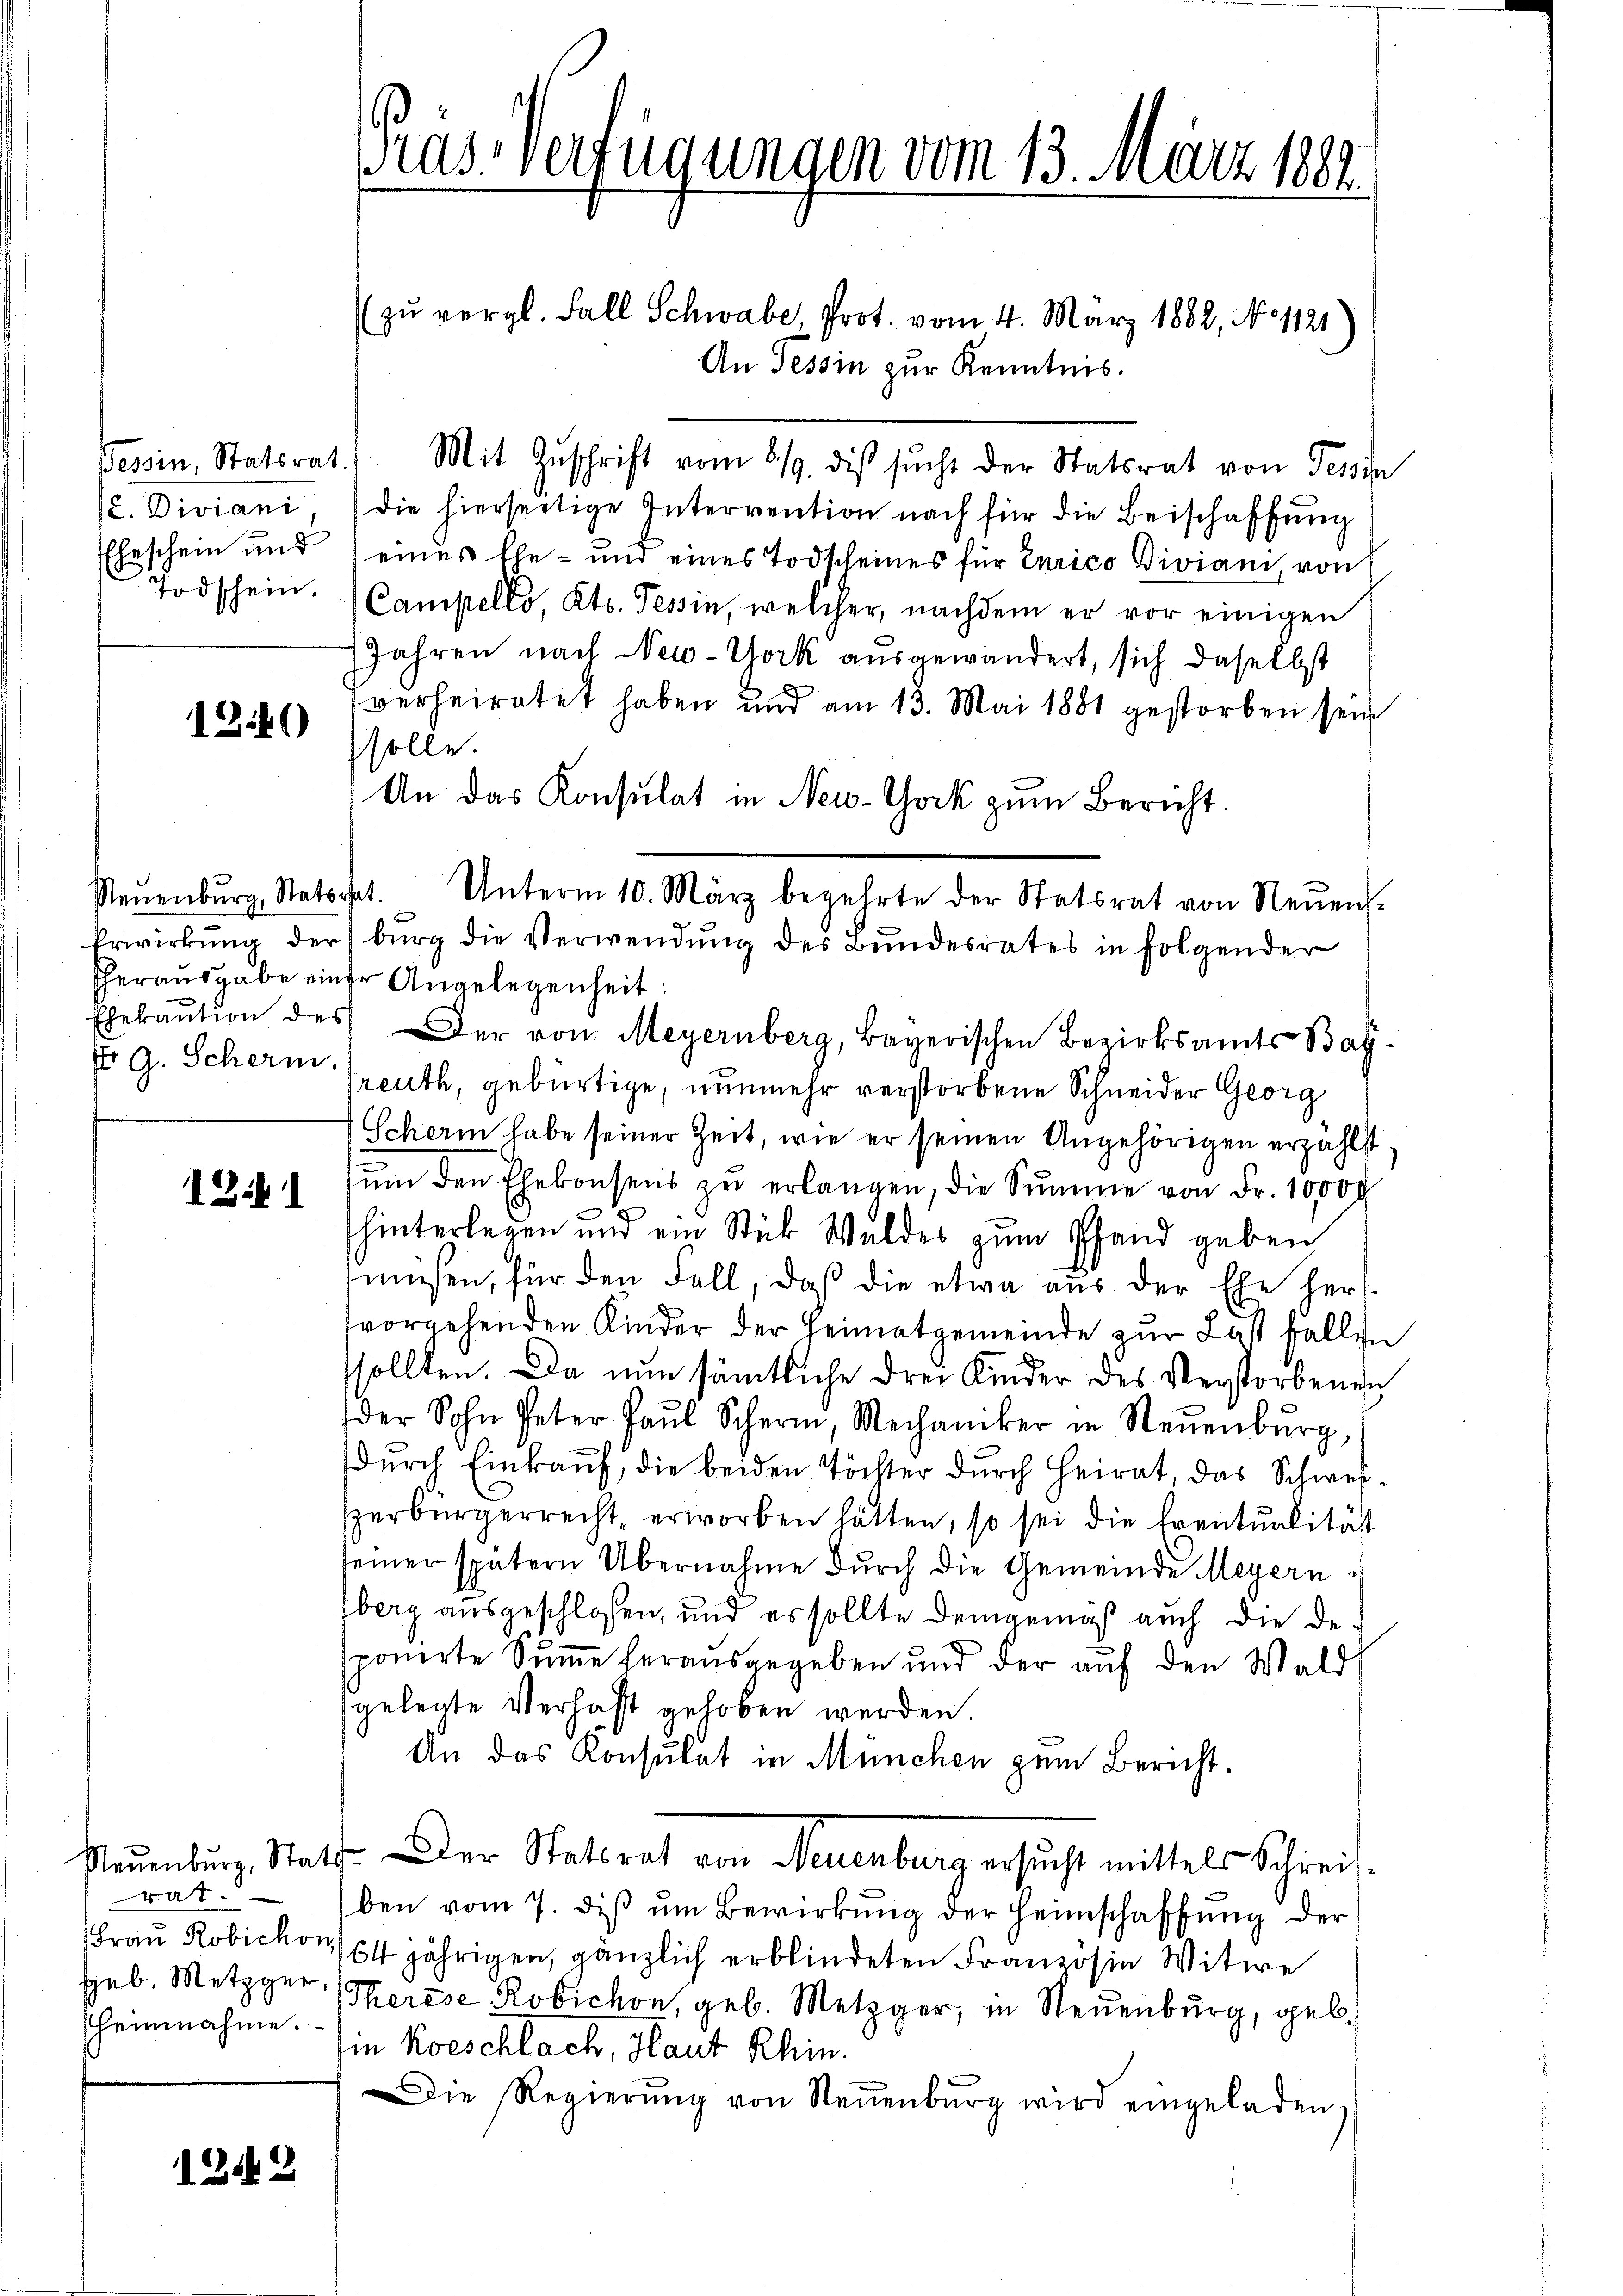
Tessin, Statsrat.

1240

Nr G. Scherm.

124

rat.
geb. Metzger,
heinahme.

124

zŭ vergl. Fall Schwabe, Prot. vom 4. März 1882, No 1121
An Tessin zur Kenntnis.
Mit Zuschrift vom 8./9. die sucht der Statsrat von Tessin
(2. Diviani, die hierseitige Intervention nach für die Beischaffung
Eheschein und eines Ehe- und eines Todscheines für Eurico Diviani von
Todschein. Campello, Kts. Tessin, welcher, nachdem er vor einigen
Jahren nach New-York ausgewändert, sich daselbst
verheiratet haben und am 13. Mai 1881 gestorben sein
solle.
An das Konsulat in New-York zum Bericht.
Erwirkŭng der burg die Verwendŭng des Bundesrates in folgender
Eherausgabe einer Angelegenheit:
Egekaŭtion des er von Meyernberg, Bayerischen Bezirksamts Bay-
Greuth, gebürtige, nunmehr verstorbene Schneider Georg
(Scherm habe seiner Zeit, wie er seinen Angehörigen erzählt
ŭm den Ehekonsens zŭ erlangen, die Summe von Fr. 10,000
hinterlegen und ein Stück Waldes zum Pfand geben
müssen, für den Fall, daß die etwa aus der Ehe hervorgehenden Kinder der Heimatgemeinde zur Last fällen
sollten. Da nun sämtliche drei Kinder des Verstorbenen
der Sohn Peter Paŭl Scher Mechaniker in Neŭenbŭrg
durch Einkauf, die beiden Töchter durch Heirat das Schweisperbürgerrecht erworben hätten, so sei die Eventualität
seiner spätern Übernahme durch die Gemeinde Meyern u
berg ausgeschlossen, und es sollte Demgemäß auch die Desponirte Summe herausgegeben und der auf den Wald
gelegte Verhaft gehoben werden.
An das Konsulat in München zum Bericht.
Neuenburg, Statt. Der Statsrat von Neuenburg ersucht mittels Schreisben vom 7. diβ ŭm Bewirkung der Heimschaffung der
(Frau Robichon 164 jährigen, gänzlich erblindeten Französie Witwe
Therese Robichon, geb. Metzger, in Neuenburg, geb.
in Koeschlach, Haut Rhin.
Die Regierŭng von Neuenburg wird eingeladen.

Aasverfügungen vom 13. März 1889.

Neŭenbŭrg, Statscht. Unterm 10. März begehrte der Statsrat von Neŭens-